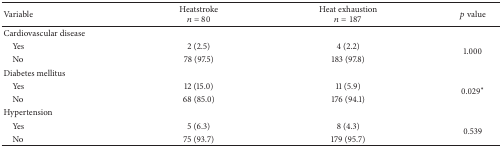
| Variable | Heatstroken = 80 | Heat exhaustionn = 187 | p value |
 | --- | --- | --- | --- |
 | Cardiovascular disease |  |  |  |
 | Yes | 2 (2.5) | 4 (2.2) | <ROWSPAN=2> 1.000 |
 | No | 78 (97.5) | 183 (97.8) |
 | Diabetes mellitus |  |  |  |
 | Yes | 12 (15.0) | 11 (5.9) | <ROWSPAN=2> 0.029∗ |
 | No | 68 (85.0) | 176 (94.1) |
 | Hypertension |  |  |  |
 | Yes | 5 (6.3) | 8 (4.3) | <ROWSPAN=2> 0.539 |
 | No | 75 (93.7) | 179 (95.7) |